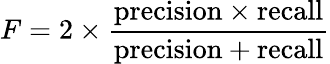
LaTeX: F=2\times{\frac{{\mathrm{precision}}\times{\mathrm{recall}}}{{\mathrm{precision}}+{\mathrm{recall}}}}